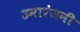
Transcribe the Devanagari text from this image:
उमारंजनी